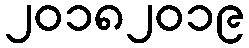
၂၀၁၈၂၀၁၉